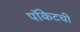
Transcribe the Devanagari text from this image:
पॉकेटची